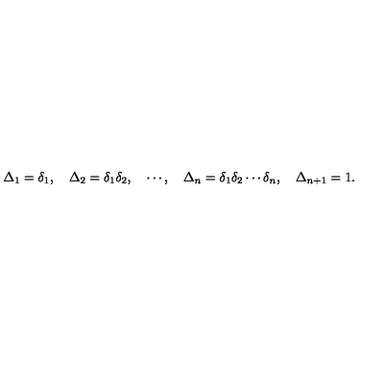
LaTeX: \Delta _ { 1 } = \delta _ { 1 } , \quad \Delta _ { 2 } = \delta _ { 1 } \delta _ { 2 } , \quad \cdots , \quad \Delta _ { n } = \delta _ { 1 } \delta _ { 2 } \cdots \delta _ { n } , \quad \Delta _ { n + 1 } = 1 .